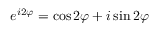
e ^ { i 2 \varphi } = \cos 2 \varphi + i \sin 2 \varphi